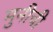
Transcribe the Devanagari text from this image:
मुनीची